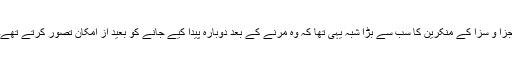
جزا و سزا کے منکرین کا سب سے بڑا شبہ یہی تھا کہ وہ مرنے کے بعد دوبارہ پیدا کیے جانے کو بعید از امکان تصور کرتے تھے۔